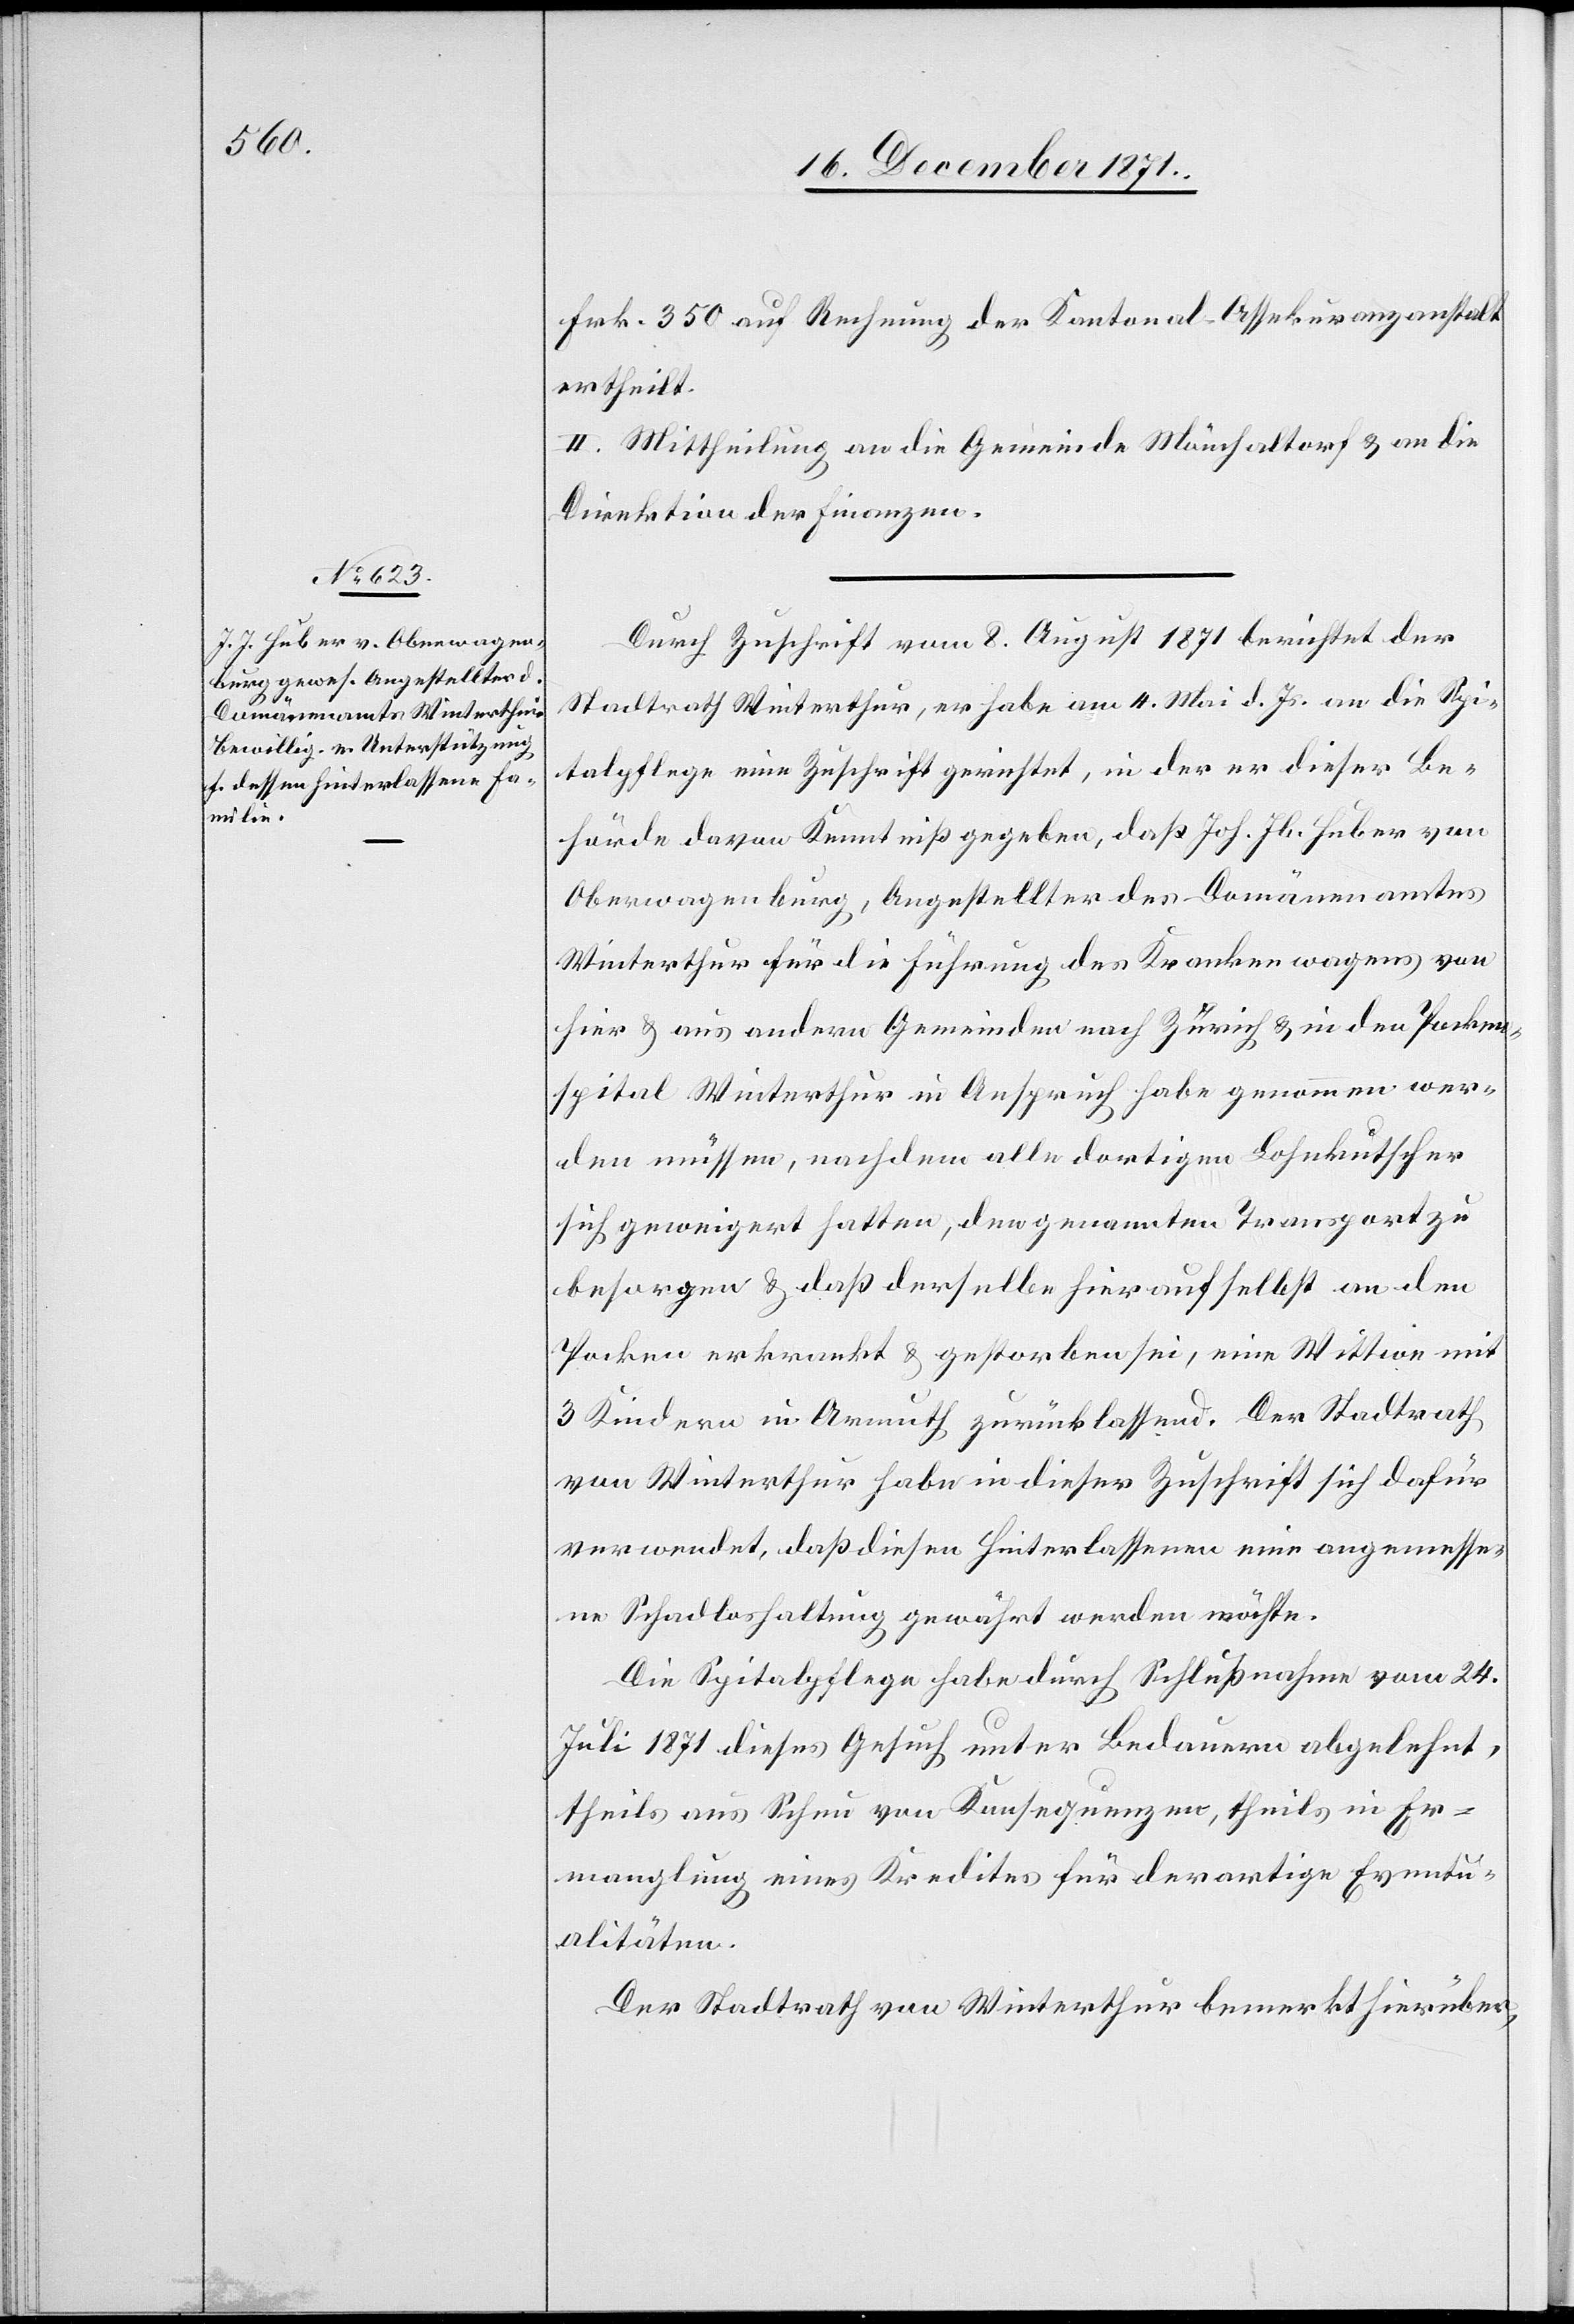
Frk. 350 auf Rechnung der Kantonal-Assekuranzanstalt
ertheilt.
II. Mittheilung an die Gemeinde Mönchaltorf & an die
Direktion der Finanzen.